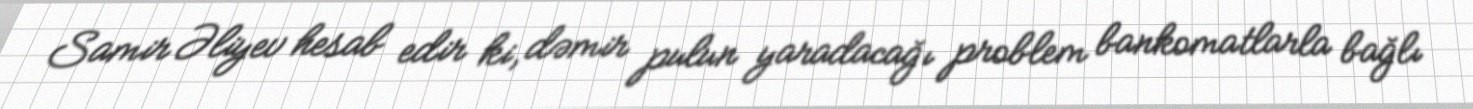
Samir Əliyev hesab edir ki, dəmir pulun yaradacağı problem bankomatlarla bağlı